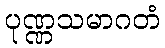
ပုဏ္ဏသမာဂတံ